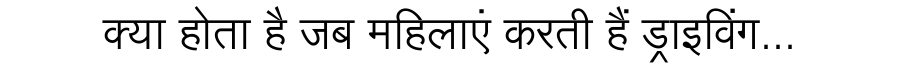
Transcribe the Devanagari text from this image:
क्या होता है जब महिलाएं करती हैं ड्राइविंग...